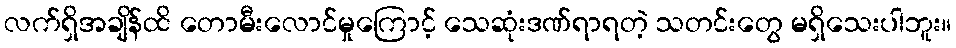
လက်ရှိအချိန်ထိ တောမီးလောင်မှုကြောင့် သေဆုံးဒဏ်ရာရတဲ့ သတင်းတွေ မရှိသေးပါဘူး။